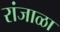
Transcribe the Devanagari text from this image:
रांजाळा